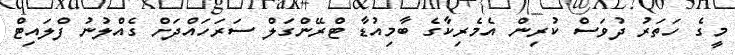
މީގެ ހަތަރު ދުވަސް ކުރިން އެމެރިކާގެ ބާމިއުޑާ ޓްރޭންގަލް ސަރަހައްދަށް ގެއްލުނު ފްލައިޓް